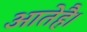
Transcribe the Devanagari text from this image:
आतेहै।